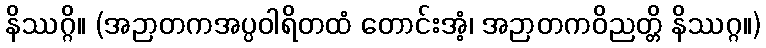
နိဿဂ္ဂိ။ (အဉာတကအပ္ပဝါရိတထံ တောင်းအံ့၊ အဉာတကဝိညတ္တိ နိဿဂ္ဂ။)